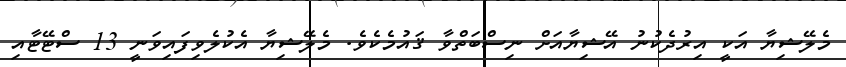
މެލޭޝިޔާ އަކީ އިރުދެކުނު އޭޝިޔާއަށް ނިސްބަތްވާ ޤައުމެކެވެ. މެލޭޝިޔާ އެކުލެވިފައިވަނީ 13 ސްޓޭޓާއި